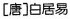
[唐]白居易